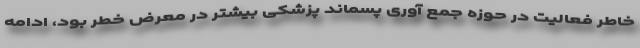
خاطر فعالیت در حوزه جمع آوری پسماند پزشکی بیشتر در معرض خطر بود، ادامه